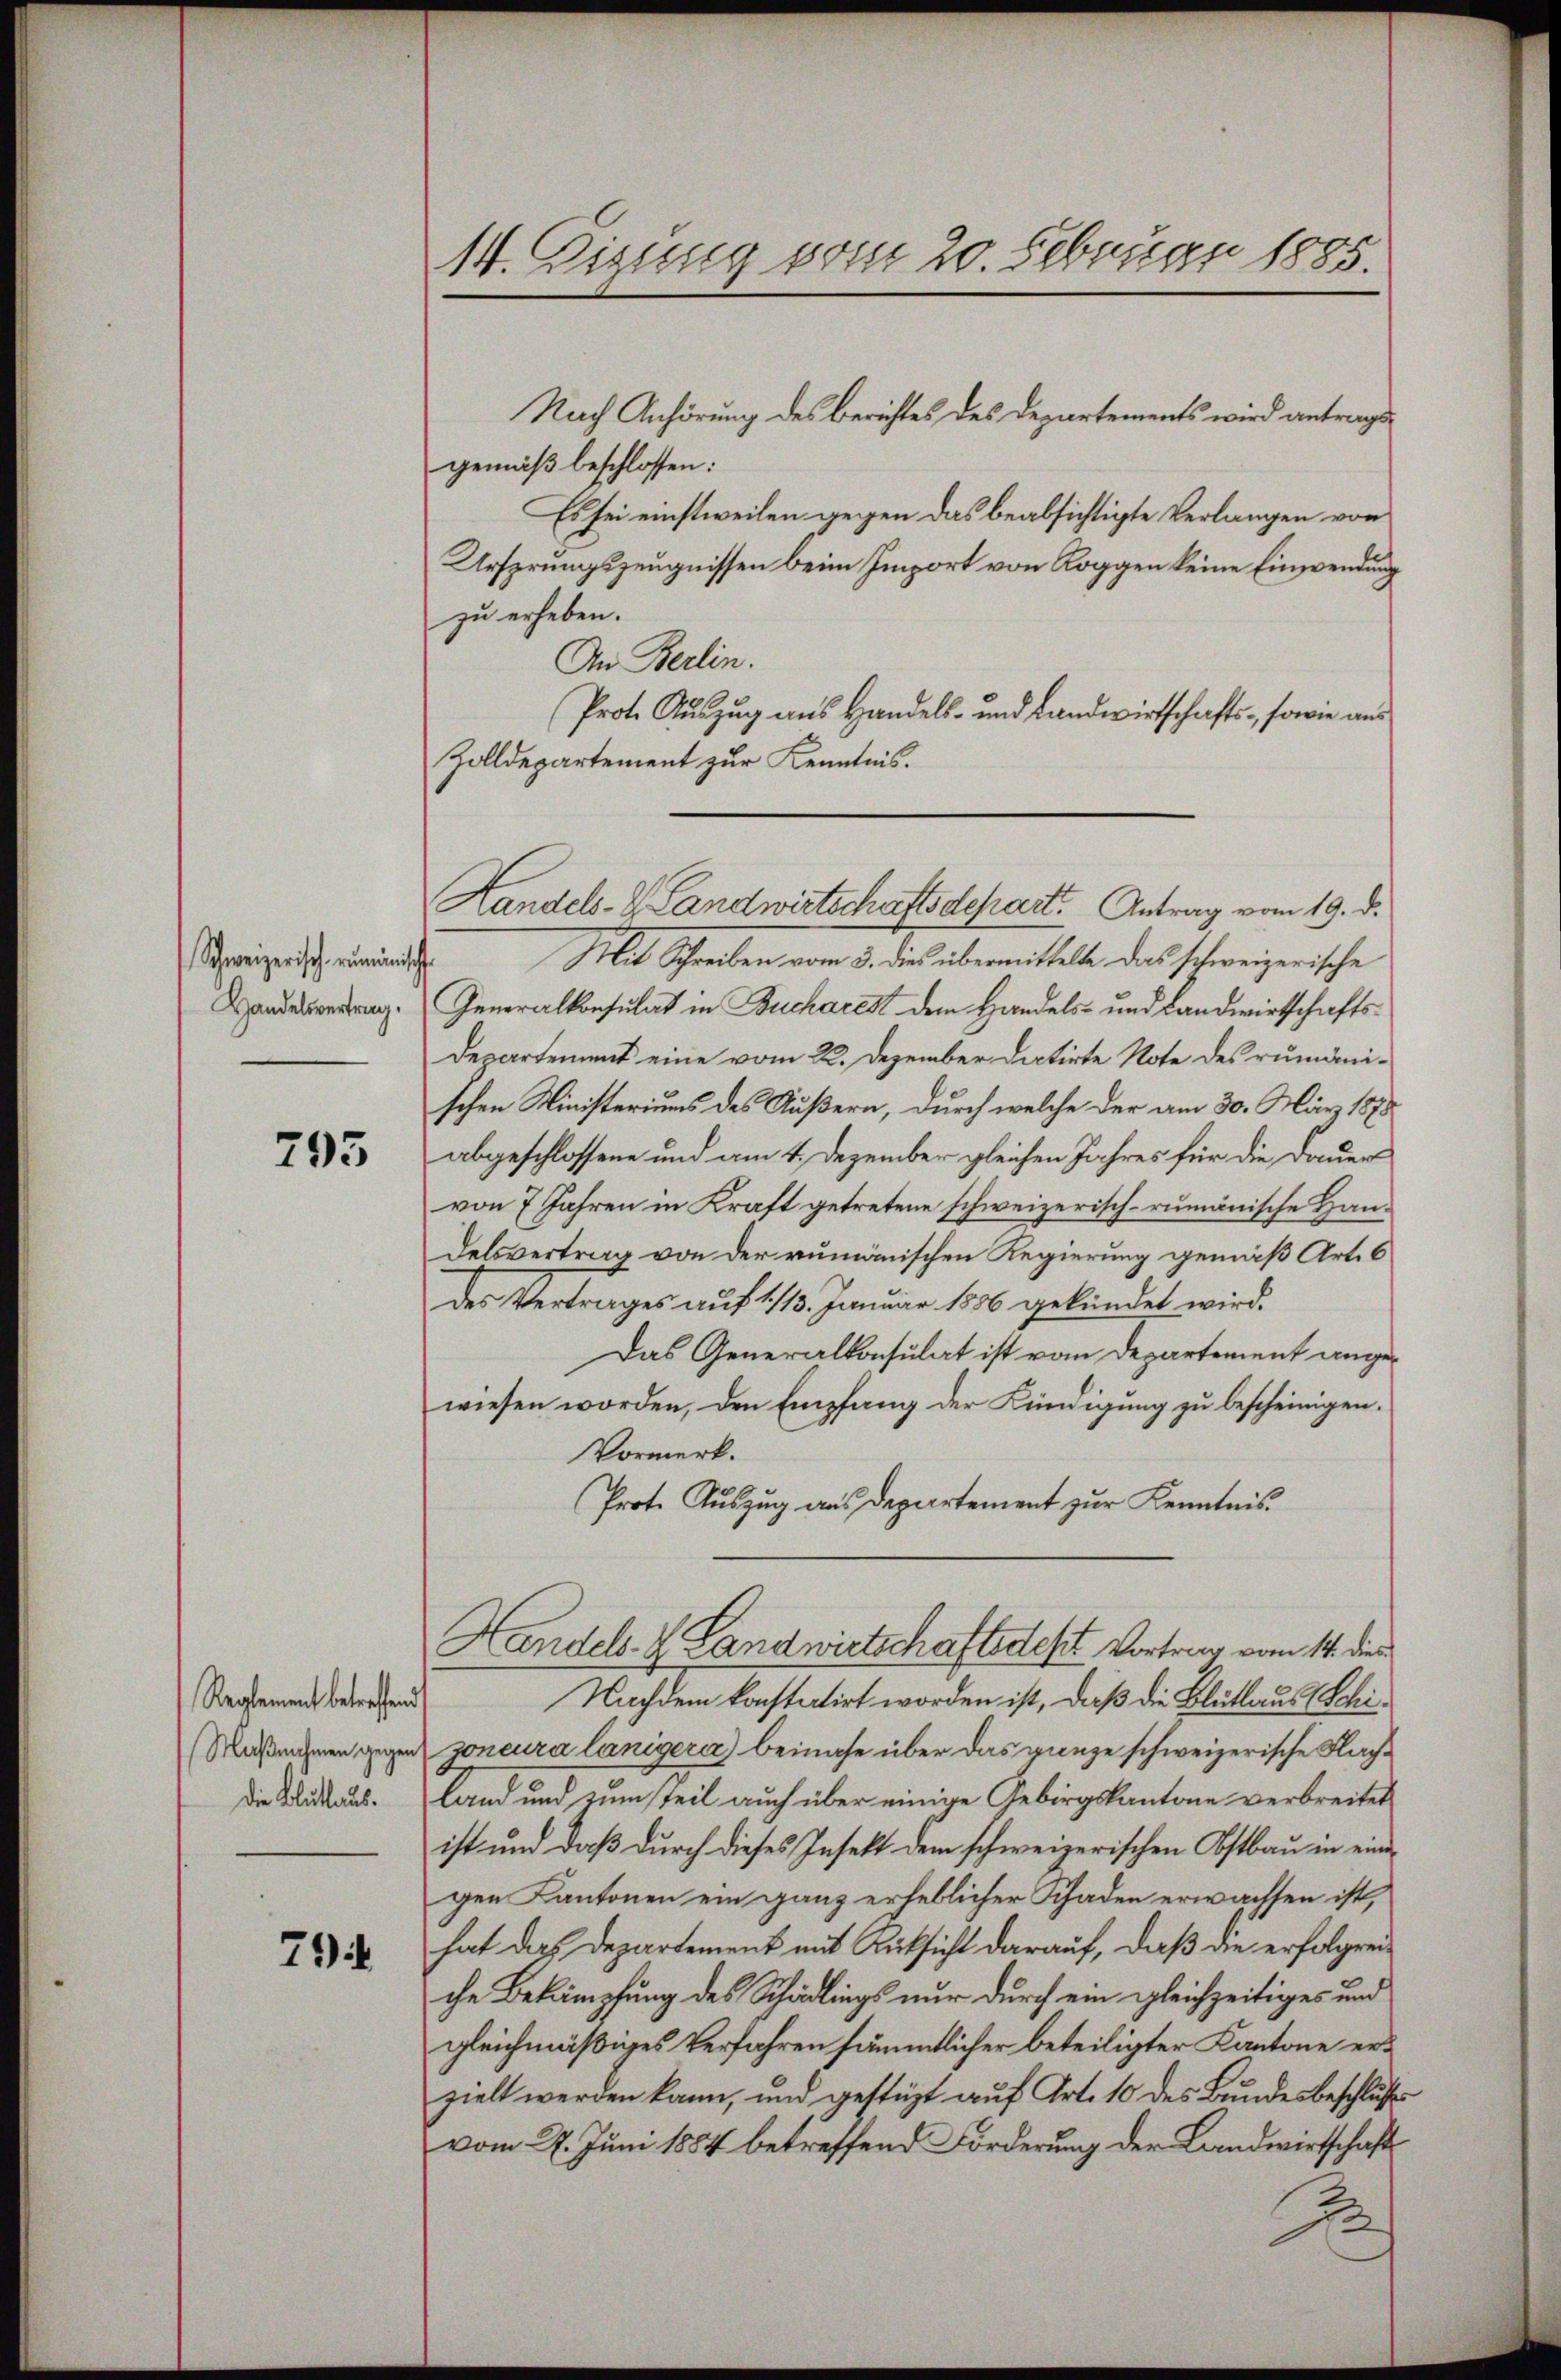
Schweizerisch- rumänisch
Handelsvertrag.

795

Reglement betreffend
Maßnahmen gegen
Die Blutlaus.

79

14. Disung vom 20. Februar 1885.

Nach Anhörung des Berichtes des Departements wird antrags
gemäß beschlossen:
Es sei einstweilen gegen das beabsichtigte Verlangen von
Ursprungszeugnissen beim Emport von Roggen keine Einwendung
zu erheben.
An Berlin.
Prot. Auszug aus Handels- und Landwirtschafts-, sowie aus
Zolldepartement zur Kenntnis.
Mit Schreiben vom 3. dies übermittelte das schweizerische
Generalkonsulat in Bucharest dem Handels- und Landwirtschafts¬
Departement eine vom 22. Dezember dictirte Note des rumänischen Ministeriums des Äußern, durch welche der am 30. März 1870
abgeschlossene und am 4. Dezember gleichen Jahres für die Dauer
von 7 Jahren in Kraft getretene schweizerisch-rumänische Handelsvertrag von der rumänischen Regierung gemäß Art. 6
des Vertrages auf 1/13. Januar 1886 gekündet wird.
Das Generalkonsulat ist vom Departement angewiesen worden, den Empfang der Kündigung zu bescheinigen.
Vormerk.
Prote Auszug aus Departement zur Kenntnis
Handels- & Landwirtschaftsdest Vortrag vom 14. die
Nachdem konstatirt worden ist, daß die Blutlaus Schijoncura lanigera) beinahe über das ganze schweizerische Nachland und zum teil auch über einige Gebirgskantone verbreitet
ist und daß durch dieses Insekt dem schweizerischen Obstbau in eine
gen Kantonen ein ganz erheblicher Schaden erwachsen ist,
hat das Departement mit Rücksicht darauf, daß die erfolgrei
che Bekämpfung des Schädlings nur durch ein gleichzeitiges und
gleichmäßiges Verfahren sämmtlicher beteiligter Kantone erzielt werden kann, und gestützt auf Art. 10 des Bundesbeschluß
vom 27. Juni 1884 betreffend Förderung der Landwirtschafts
B

Handels- Landwirtschaftsdepart. Antrag vom 19. d.